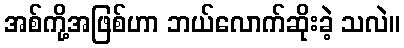
အစ်ကို့အဖြစ်ဟာ ဘယ်လောက်ဆိုးခဲ့ သလဲ။